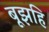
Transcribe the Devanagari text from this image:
बूझहि